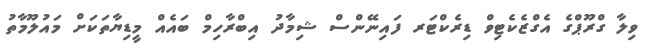
ވިލާ ގްރޫޕްގެ އެގްޒެކެޓިވް ޑިރެކްޓަރ ފައިނޭންސް ޝިމާދު އިބްރާހިމް ބައެއް މީޑިޔާތަކަށް މައުލޫމާތު